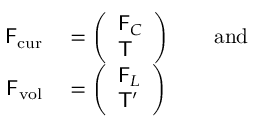
\begin{array} { r l } { \mathsf { F } _ { \mathrm { c u r } } } & { { } = \left( \begin{array} { l } { \mathsf { F } _ { C } } \\ { \mathsf { T } } \end{array} \right) \qquad \mathrm { a n d } } \\ { \mathsf { F } _ { \mathrm { v o l } } } & { { } = \left( \begin{array} { l } { \mathsf { F } _ { L } } \\ { \mathsf { T } ^ { \prime } } \end{array} \right) } \end{array}